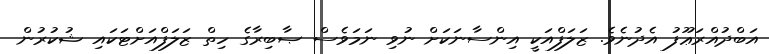
އަބްދުއްރަޢޫފު އެދުނެވެ. ޒަލަފްއަކީ އިންސާނަކަށް ނުވި ނަމަވެސް ޞާބިރާގެ ހިތް ޒަލަފްއަށްޓަކައި ޝުކުރުން